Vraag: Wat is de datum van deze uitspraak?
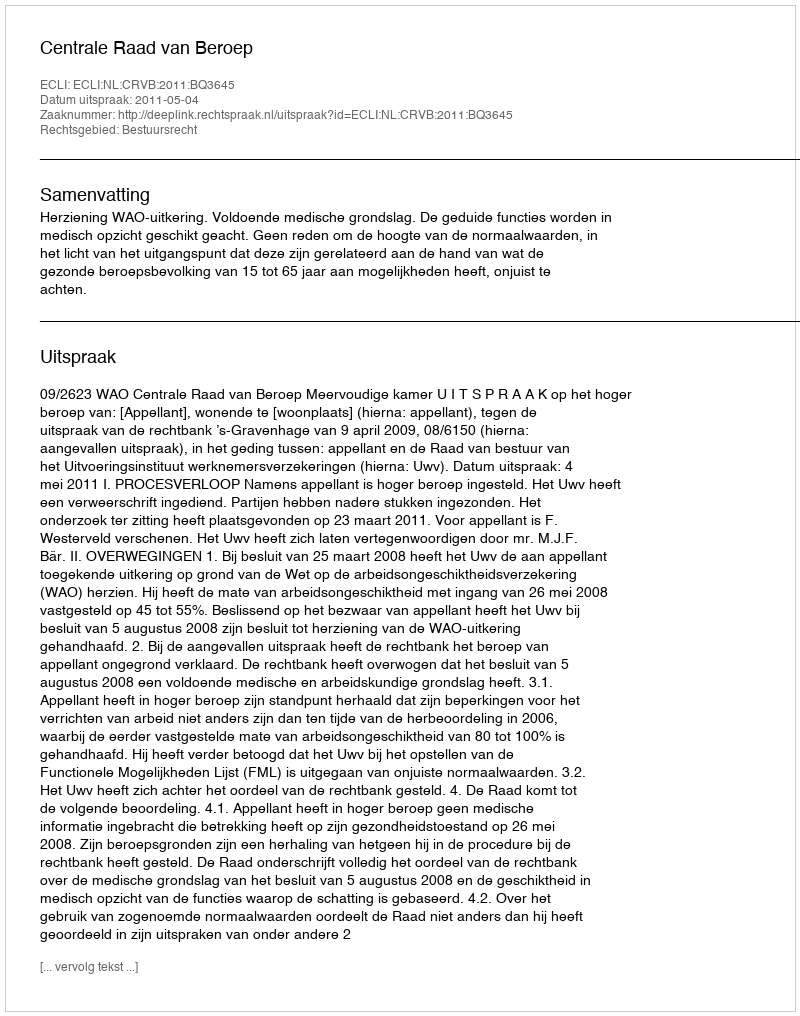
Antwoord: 2011-05-04